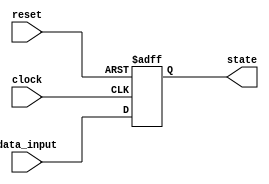
module async_reset_block (
    input wire reset,      // Asynchronous reset signal
    input wire clock,      // Clock signal
    input wire [7:0] data_input, // Example data input to update state
    output reg [7:0] state // State/output of the circuit
);

    // Define the reset value
    parameter RESET_VALUE = 8'h00; // Example reset value

    // Always block to implement asynchronous reset behavior
    always @(posedge clock or posedge reset) begin
        if (reset) begin
            // Asynchronous reset
            state <= RESET_VALUE; // Reset the state to the predefined value
        end else begin
            // Normal operation: update state based on data_input
            state <= data_input;  // Example logic for state update
        end
    end

endmodule